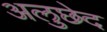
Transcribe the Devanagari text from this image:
अलुछेद